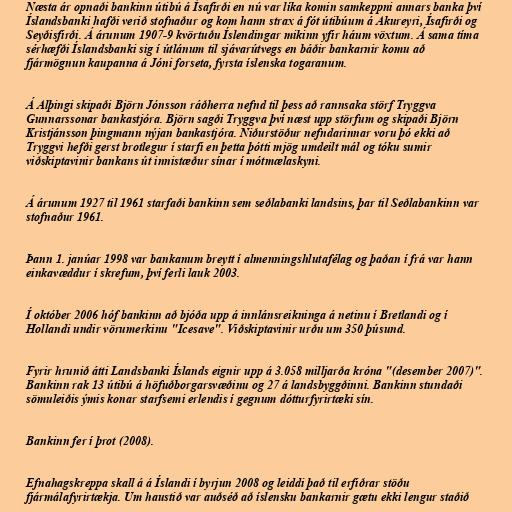
Næsta ár opnaði bankinn útibú á Ísafirði en nú var líka komin samkeppni annars banka því
Íslandsbanki hafði verið stofnaður og kom hann strax á fót útibúum á Akureyri, Ísafirði og
Seyðisfirði. Á árunum 1907-9 kvörtuðu Íslendingar mikinn yfir háum vöxtum. Á sama tíma
sérhæfði Íslandsbanki sig í útlánum til sjávarútvegs en báðir bankarnir komu að
fjármögnun kaupanna á Jóni forseta, fyrsta íslenska togaranum.

Á Alþingi skipaði Björn Jónsson ráðherra nefnd til þess að rannsaka störf Tryggva
Gunnarssonar bankastjóra. Björn sagði Tryggva því næst upp störfum og skipaði Björn
Kristjánsson þingmann nýjan bankastjóra. Niðurstöður nefndarinnar voru þó ekki að
Tryggvi hefði gerst brotlegur í starfi en þetta þótti mjög umdeilt mál og tóku sumir
viðskiptavinir bankans út innistæður sínar í mótmælaskyni.

Á árunum 1927 til 1961 starfaði bankinn sem seðlabanki landsins, þar til Seðlabankinn var
stofnaður 1961.

Þann 1. janúar 1998 var bankanum breytt í almenningshlutafélag og þaðan í frá var hann
einkavæddur í skrefum, því ferli lauk 2003.

Í október 2006 hóf bankinn að bjóða upp á innlánsreikninga á netinu í Bretlandi og í
Hollandi undir vörumerkinu "Icesave". Viðskiptavinir urðu um 350 þúsund.

Fyrir hrunið átti Landsbanki Íslands eignir upp á 3.058 milljarða króna "(desember 2007)".
Bankinn rak 13 útibú á höfuðborgarsvæðinu og 27 á landsbyggðinni. Bankinn stundaði
sömuleiðis ýmis konar starfsemi erlendis í gegnum dótturfyrirtæki sín.

Bankinn fer í þrot (2008).

Efnahagskreppa skall á á Íslandi í byrjun 2008 og leiddi það til erfiðrar stöðu
fjármálafyrirtækja. Um haustið var auðséð að íslensku bankarnir gætu ekki lengur staðið